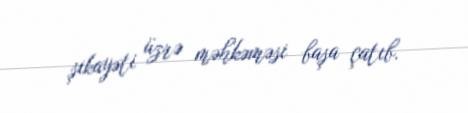
şikayəti üzrə məhkəməsi başa çatıb.